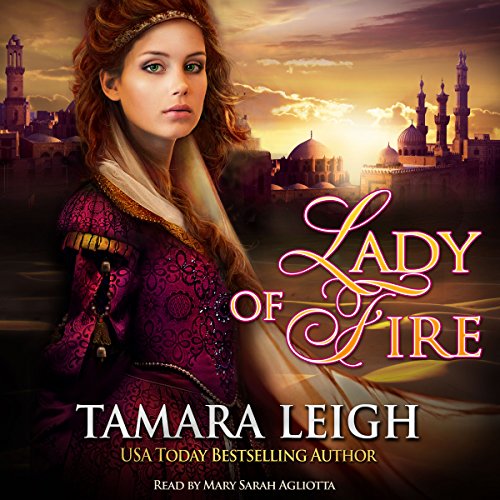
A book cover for Lady of Fire: A Medieval Romance; Tamara Leigh; Romance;